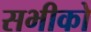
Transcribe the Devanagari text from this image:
सभीको